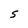
Character: S